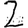
Digit: 2